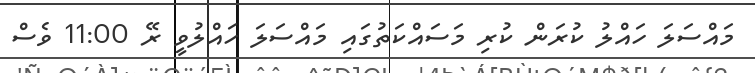
މައްސަލަ ހައްލު ކުރަން ކުރި މަސައްކަތުގައި މައްސަލަ ހައްލުވީ ރޭ 11:00 ވެސް